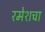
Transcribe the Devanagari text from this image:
रमेशचा